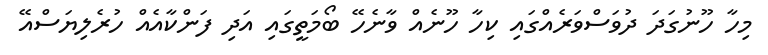
މިހާ ހޫނުގަދަ ދުވަސްވަރެއްގައި ކިހާ ހޫނެއް ވާނެހޭ ބޯމަތީގައި އަދި ފަންކާއެއް ހުރެލިޔަސްއޭ